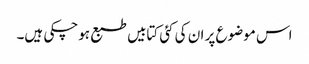
اس موضوع پر ان کی کئی کتابیں طبع ہوچکی ہیں۔